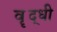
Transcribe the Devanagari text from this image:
वॄद्धी